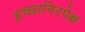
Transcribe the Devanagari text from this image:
इच्छानिरपेक्ष